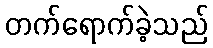
တက်ရောက်ခဲ့သည်